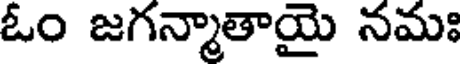
ఓం జగన్మాతాయై నమః